Report on the metropolitan horse fairs and district horse shows of 1892-93 - 1892-1893
Year: 1892
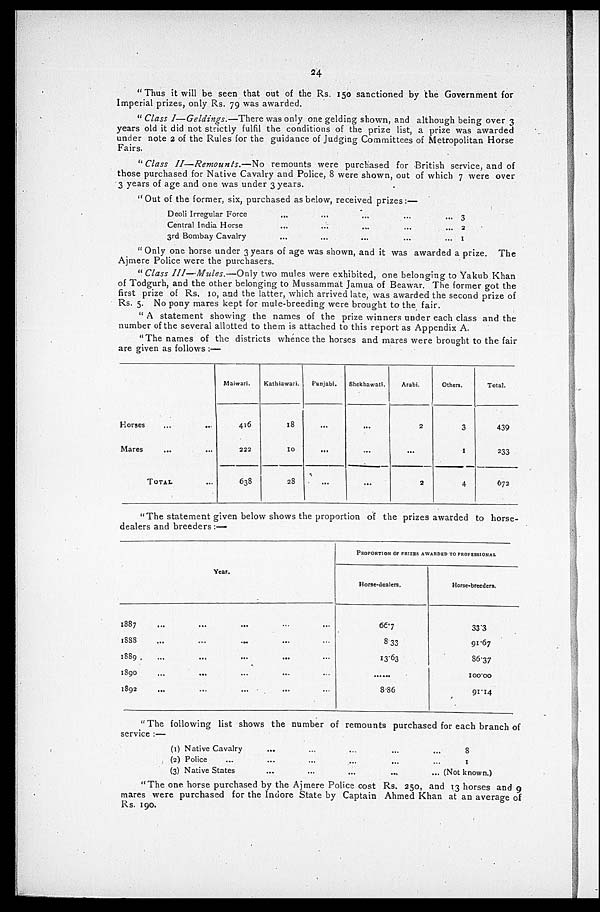
24
"Thus it will be seen that out of the Rs. 150 sanctioned by the Government for
Imperial prizes, only Rs. 79 was awarded.
"Class I—Geldings.—There was only one gelding shown, and although being over 3
years old it did not strictly fulfil the conditions of the prize list, a prize was awarded
under note 2 of the Rules for the guidance of Judging Committees of Metropolitan Horse
Fairs.
"Class II—Remounts.—No
remounts were purchased for British service, and of
those purchased for Native Cavalry and Police, 8 were shown, out of which 7 were over
3 years of age and one was under 3 years.
"Out of the former, six, purchased as below, received prizes:—
Deoli Irregular Force
Central India Horse
3rd Bombay Cavalry
...
...
...
...
...
...
...
...
...
...
...
...
...
...
3
2
1
"Only one horse under 3 years of age was shown, and it was awarded a prize. The
Ajmere Police were the purchasers.
"Class III—Mules.—Only
two mules were exhibited, one belonging to Yakub Khan
of Todgurh, and the other belonging to Mussammat Jamua of Beawar. The former got the
first prize of Rs. 10, and the latter, which arrived late, was awarded the second prize of
Rs. 5. No pony mares kept for mule-breeding were brought to the fair.
"A statement showing the names of the prize winners under each class and the
number of the several allotted to them is attached to this report as Appendix A.
"The names of the districts whence the horses and mares were brought to the fair
are given as follows:—
Horses
Mares
...
...
TOTAL
...
...
...
Maiwari.
416
222
638
Kathiawari.
18
10
28
Punjabi.
...
...
...
Shekhawati.
...
...
...
Arabi.
2
...
2
Others.
3
1
4
Total.
439
233
672
"The statement given below shows the proportion of the prizes awarded to horse-
dealers and breeders:—
Year.
1887
1888
1889
1890
1892
...
...
...
...
...
...
...
...
...
...
...
...
...
...
...
...
PROPORTION OF PRIZES AWARDED TO PROFESSIONAL
Horse-dealers.
66.7
8.33
13.63
... ...
8.86
Horse-breeders.
33.3
91.67
86.37
100.00
91.14
"The following list shows the number of remounts purchased for each branch of
service:—
(1) Native Cavalry
(2) Police
(3) Native States
...
...
...
...
...
...
...
...
...
...
...
...
...
8
1
(Not known.)
"The one horse purchased by the Ajmere Police cost Rs. 250, and 13 horses and 9
mares were purchased for the Indore State by Captain Ahmed Khan at an average of
Rs. 190.